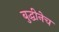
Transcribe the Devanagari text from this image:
बुद्धीनेच